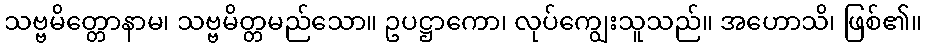
သဗ္ဗမိတ္တောနာမ၊ သဗ္ဗမိတ္တမည်သော။ ဥပဋ္ဌာကော၊ လုပ်ကျွေးသူသည်။ အဟောသိ၊ ဖြစ်၏။